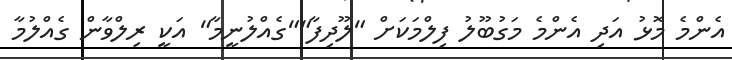
އެންމެ މޮޅު އަދި އެންމެ މަގުބޫލު ފިލްމަކަށް "ލޫދިފާ""ގެއްލުނީމާ" އަކީ ރިލްވާން ގެއްލުމާ